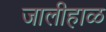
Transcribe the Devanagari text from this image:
जालीहाळ